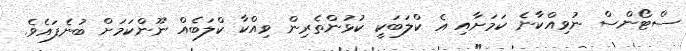
ސްޓޯންސް ނުވިއްކާނެ ކަމަށާއި އެ ކްލަބަކީ ކުޅުންތެރިން ވިއްކާ ކްލަބެއް ނޫންކަމަށް ބުނެފައެވެ.